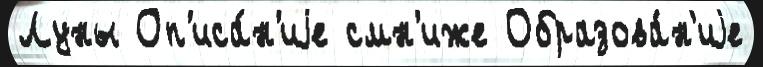
Луны Оп'иса́н'иjе смн'иже Образова́н'иjе